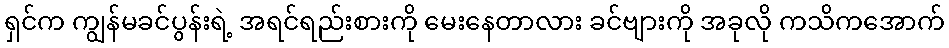
ရှင်က ကျွန်မခင်ပွန်းရဲ့ အရင်ရည်းစားကို မေးနေတာလား ခင်ဗျားကို အခုလို ကသိကအောက်